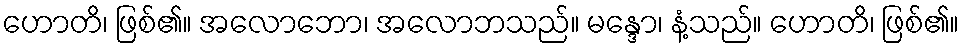
ဟောတိ၊ ဖြစ်၏။ အလောဘော၊ အလောဘသည်။ မန္ဒော၊ နံ့သည်။ ဟောတိ၊ ဖြစ်၏။